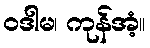
ဝဒါမ၊ ကုန်အံ့။